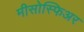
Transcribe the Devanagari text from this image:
मीसोस्फिअर